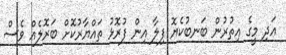
އަދި މީގެ އިތުރުން ބަނބުކެޔޮ ފިލާ އިން ފުރޮޅު ތައްޔާރުކޮށް ބަރޮލެއް ވެސް